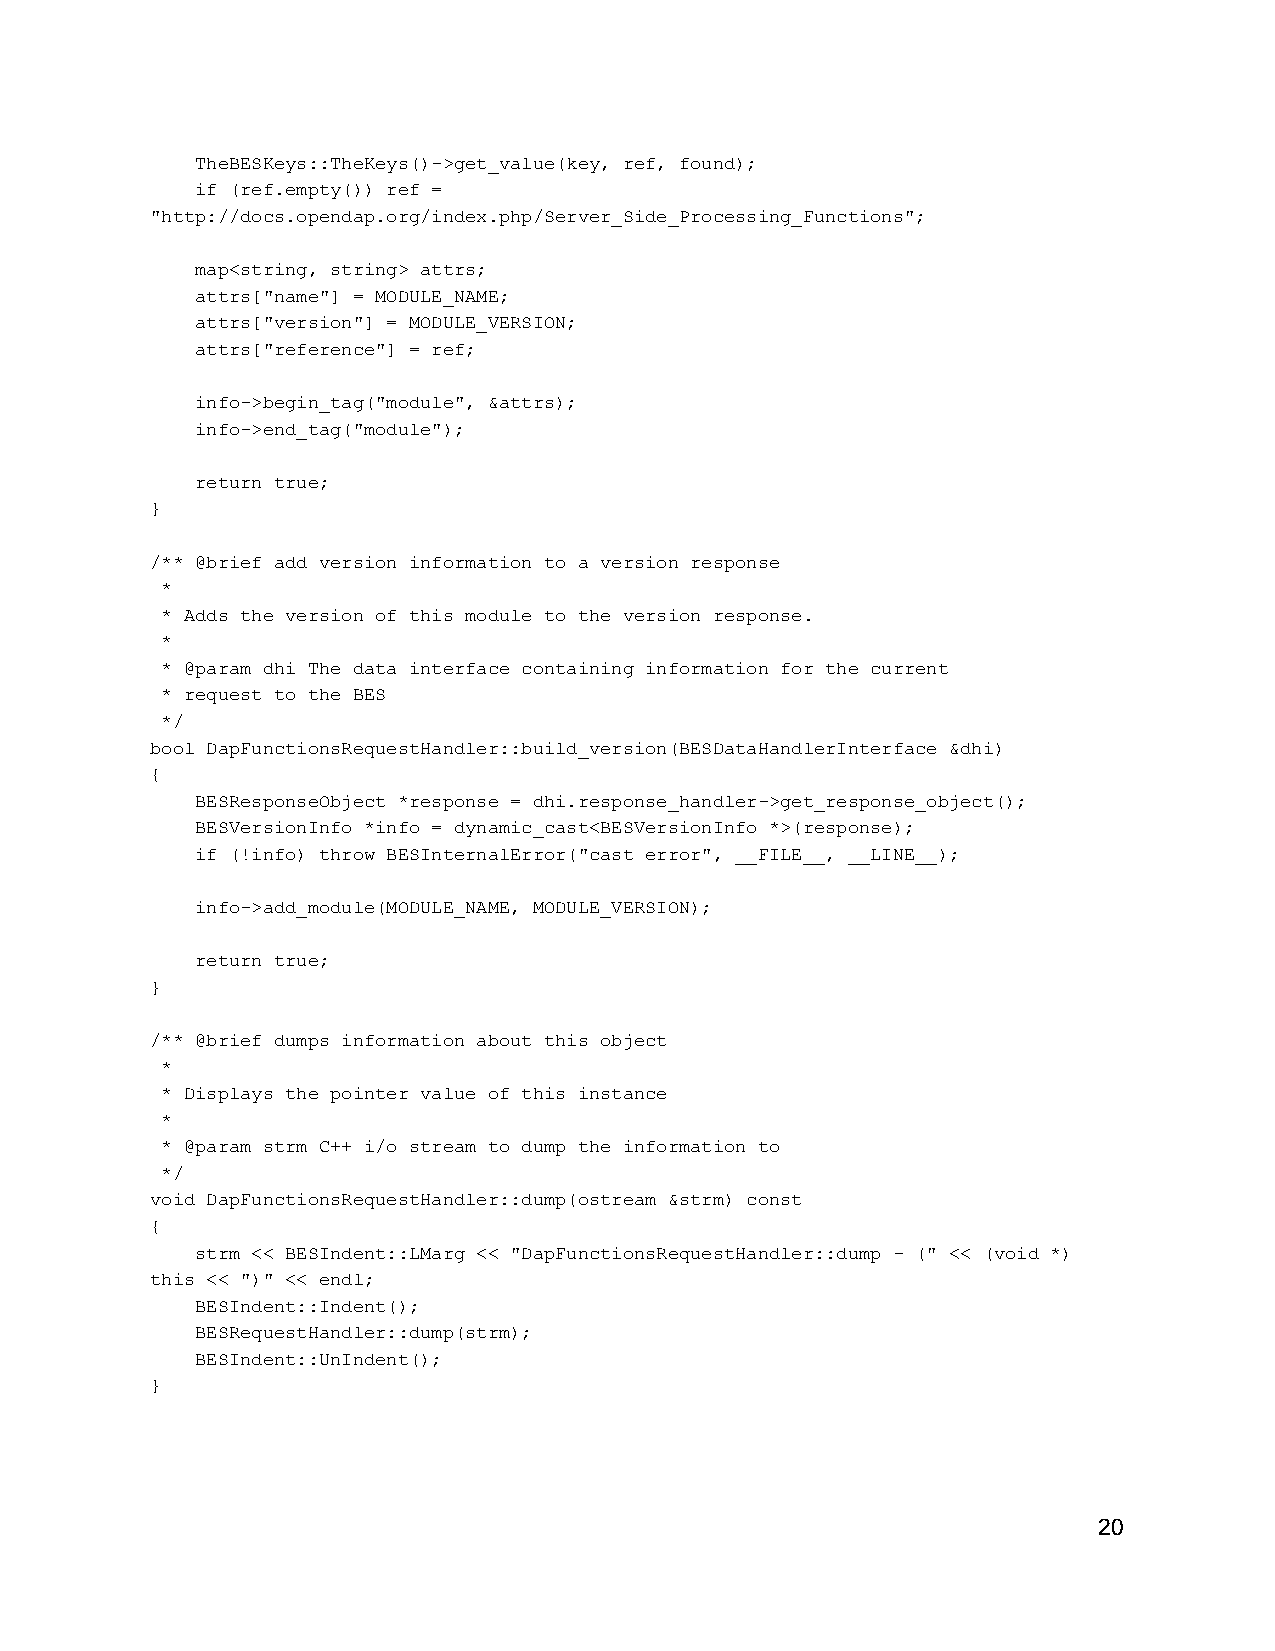
TheBESKeys::TheKeys()­>get_value(key, ref, found);
 if (ref.empty()) ref =
 "http://docs.opendap.org/index.php/Server_Side_Processing_Functions";
 map<string, string> attrs;
 attrs["name"] = MODULE_NAME;
 attrs["version"] = MODULE_VERSION;
 attrs["reference"] = ref;
 info­>begin_tag("module", &attrs);
 info­>end_tag("module");
 return true;
 }
 /** @brief add version information to a version response
 *
 * Adds the version of this module to the version response.
 *
 * @param dhi The data interface containing information for the current
 * request to the BES
 */
 bool DapFunctionsRequestHandler::build_version(BESDataHandlerInterface &dhi)
 {
 BESResponseObject *response = dhi.response_handler­>get_response_object();
 BESVersionInfo *info = dynamic_cast<BESVersionInfo *>(response);
 if (!info) throw BESInternalError("cast error", __FILE__, __LINE__);
 info­>add_module(MODULE_NAME, MODULE_VERSION);
 return true;
 }
 /** @brief dumps information about this object
 *
 * Displays the pointer value of this instance
 *
 * @param strm C++ i/o stream to dump the information to
 */
 void DapFunctionsRequestHandler::dump(ostream &strm) const
 {
 strm << BESIndent::LMarg << "DapFunctionsRequestHandler::dump ­ (" << (void *)
 this << ")" << endl;
 BESIndent::Indent();
 BESRequestHandler::dump(strm);
 BESIndent::UnIndent();
 }
 20